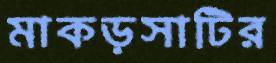
মাকড়সাটির